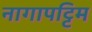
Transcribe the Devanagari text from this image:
नागापट्टिम